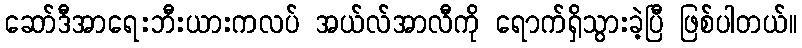
ဆော်ဒီအာရေးဘီးယားကလပ် အယ်လ်အာလီကို ရောက်ရှိသွားခဲ့ပြီ ဖြစ်ပါတယ်။